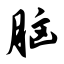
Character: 脑